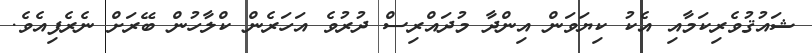
ޝައުޤުވެރިކަމާއި އެކު ކިޔަވަން އިންދާ މުދައްރިސް ދުރުވެ އަހަރެން ކްލާހުން ބޭރަށް ނެރެފިއެވެ.